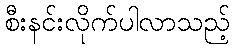
စီးနင်းလိုက်ပါလာသည့်